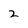
Character: 2